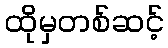
ထိုမှတစ်ဆင့်